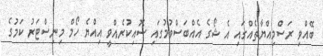
ބޭއްވި ރަސްމިއްޔާތެއްގައި އެ ޝޯގެ އެއްބަސްވުމުގައި ސޮއިކުރެއްވީ އިއްޔެ ހޯމް މިނިސްޓަރު ކަމުގެ